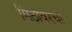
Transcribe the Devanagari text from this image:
मिठावरचा